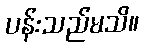
ပန်းသည်မသိ။